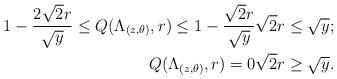
LaTeX: \begin{align*}\begin{aligned}1-\frac{2\sqrt{2}r}{\sqrt{y}}\leq Q(\Lambda_{(z,\theta)}, r) \leq 1-\frac{\sqrt{2}r}{\sqrt{y}} &\sqrt{2}r\leq \sqrt{y};\\Q(\Lambda_{(z,\theta)},r)=0 &\sqrt{2}r\geq \sqrt{y}.\end{aligned}\end{align*}